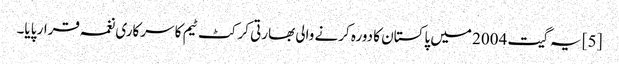
[5] یہ گیت 2004 میں پاکستان کا دورہ کرنے والی بھارتی کرکٹ ٹیم کا سرکاری نغمہ قرار پایا۔